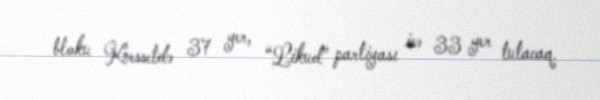
bloku Knessetdə 37 yer, “Likud” partiyası isə 33 yer tutacaq.